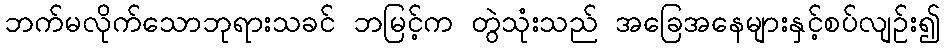
ဘက်မလိုက်သောဘုရားသခင် ဘမြင့်က တွဲသုံးသည် အခြေအနေများနှင့်စပ်လျဉ်း၍